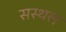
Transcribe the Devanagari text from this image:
सस्थल